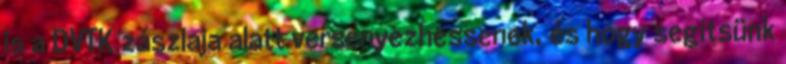
is a DVTK zászlaja alatt versenyezhessenek, és hogy segítsünk